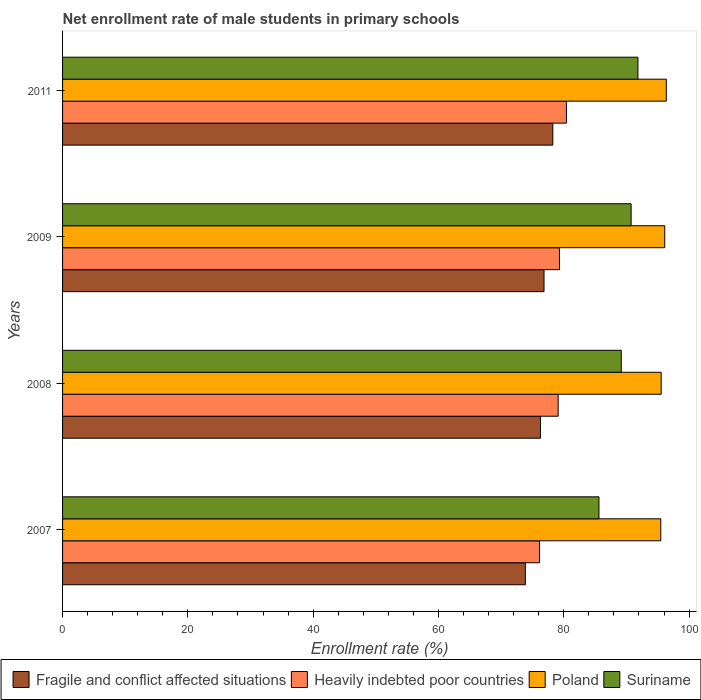
| Years | Fragile and conflict affected situations | Heavily indebted poor countries | Poland | Suriname |
 | --- | --- | --- | --- | --- |
 | 2007 | 73.9 | 76.1 | 95.5 | 85.6 |
 | 2008 | 76.3 | 79.1 | 95.5 | 89.2 |
 | 2009 | 76.9 | 79.3 | 96.1 | 90.7 |
 | 2011 | 78.3 | 80.4 | 96.4 | 91.8 |